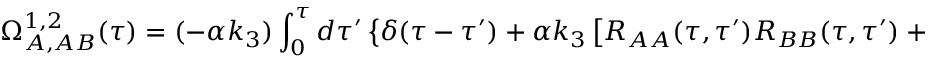
{ } \Omega _ { A , A B } ^ { 1 , 2 } ( \tau ) = ( - \alpha k _ { 3 } ) \int _ { 0 } ^ { \tau } d \tau ^ { \prime } \left\{ \delta ( \tau - \tau ^ { \prime } ) + \alpha k _ { 3 } \left[ R _ { A A } ( \tau , \tau ^ { \prime } ) R _ { B B } ( \tau , \tau ^ { \prime } ) + R _ { A B } ( \tau , \tau ^ { \prime } ) R _ { B A } ( \tau , \tau ^ { \prime } ) \right] \right\} ^ { - 1 } \mu _ { A } ( \tau ^ { \prime } ) \mu _ { B } ( \tau ^ { \prime } )